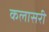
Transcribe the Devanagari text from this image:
कलासरी